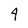
Character: 4